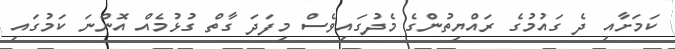
ކަމަށާއި ދެ ގައުމުގެ ރައްޔިތުންގެ މެދުގައިވެސް މިފަދަ ގާތް ގުޅުމެއް އޮންނަ ކަމުގައި